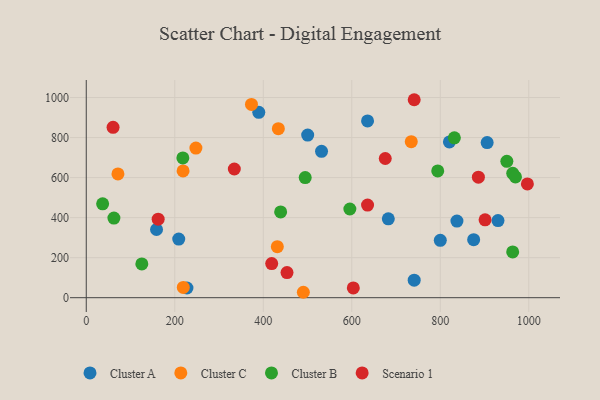
{"axis": {"x": "Experience", "y": "Yield"}, "legend": ["Cluster A", "Cluster B", "Cluster C", "Scenario 1"], "data": [{"x": "635.7", "y": 883.3, "type": "Cluster A"}, {"x": "930.5", "y": 385.1, "type": "Cluster A"}, {"x": "837.7", "y": 382.8, "type": "Cluster A"}, {"x": "227.6", "y": 48.5, "type": "Cluster A"}, {"x": "741.1", "y": 87.7, "type": "Cluster A"}, {"x": "389.9", "y": 926.0, "type": "Cluster A"}, {"x": "820.7", "y": 778.4, "type": "Cluster A"}, {"x": "158.8", "y": 340.7, "type": "Cluster A"}, {"x": "531.7", "y": 731.1, "type": "Cluster A"}, {"x": "682.6", "y": 394.3, "type": "Cluster A"}, {"x": "500.4", "y": 812.5, "type": "Cluster A"}, {"x": "875.5", "y": 290.1, "type": "Cluster A"}, {"x": "906.0", "y": 774.9, "type": "Cluster A"}, {"x": "800.1", "y": 286.8, "type": "Cluster A"}, {"x": "209.0", "y": 292.8, "type": "Cluster A"}, {"x": "490.6", "y": 27.1, "type": "Cluster C"}, {"x": "247.8", "y": 747.4, "type": "Cluster C"}, {"x": "434.1", "y": 844.6, "type": "Cluster C"}, {"x": "431.8", "y": 255.1, "type": "Cluster C"}, {"x": "218.8", "y": 633.2, "type": "Cluster C"}, {"x": "219.3", "y": 51.5, "type": "Cluster C"}, {"x": "71.6", "y": 618.4, "type": "Cluster C"}, {"x": "373.4", "y": 965.4, "type": "Cluster C"}, {"x": "734.5", "y": 779.5, "type": "Cluster C"}, {"x": "794.3", "y": 633.2, "type": "Cluster B"}, {"x": "963.8", "y": 621.3, "type": "Cluster B"}, {"x": "494.8", "y": 600.4, "type": "Cluster B"}, {"x": "125.6", "y": 168.9, "type": "Cluster B"}, {"x": "963.7", "y": 228.6, "type": "Cluster B"}, {"x": "439.3", "y": 428.5, "type": "Cluster B"}, {"x": "218.3", "y": 698.1, "type": "Cluster B"}, {"x": "831.9", "y": 798.5, "type": "Cluster B"}, {"x": "595.7", "y": 443.2, "type": "Cluster B"}, {"x": "950.5", "y": 681.5, "type": "Cluster B"}, {"x": "62.5", "y": 397.7, "type": "Cluster B"}, {"x": "37.0", "y": 468.9, "type": "Cluster B"}, {"x": "970.0", "y": 603.6, "type": "Cluster B"}, {"x": "741.1", "y": 989.1, "type": "Scenario 1"}, {"x": "996.9", "y": 568.4, "type": "Scenario 1"}, {"x": "675.7", "y": 695.5, "type": "Scenario 1"}, {"x": "60.6", "y": 851.3, "type": "Scenario 1"}, {"x": "603.5", "y": 48.8, "type": "Scenario 1"}, {"x": "901.3", "y": 389.0, "type": "Scenario 1"}, {"x": "886.2", "y": 602.4, "type": "Scenario 1"}, {"x": "162.5", "y": 392.4, "type": "Scenario 1"}, {"x": "419.1", "y": 170.3, "type": "Scenario 1"}, {"x": "334.6", "y": 643.1, "type": "Scenario 1"}, {"x": "453.7", "y": 125.3, "type": "Scenario 1"}, {"x": "635.7", "y": 462.8, "type": "Scenario 1"}]}